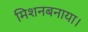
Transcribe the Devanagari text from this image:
मिशनबनाया।